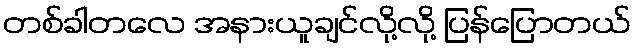
တစ်ခါတလေ အနားယူချင်လို့လို့ ပြန်ပြောတယ်